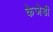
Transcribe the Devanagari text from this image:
केजेडी